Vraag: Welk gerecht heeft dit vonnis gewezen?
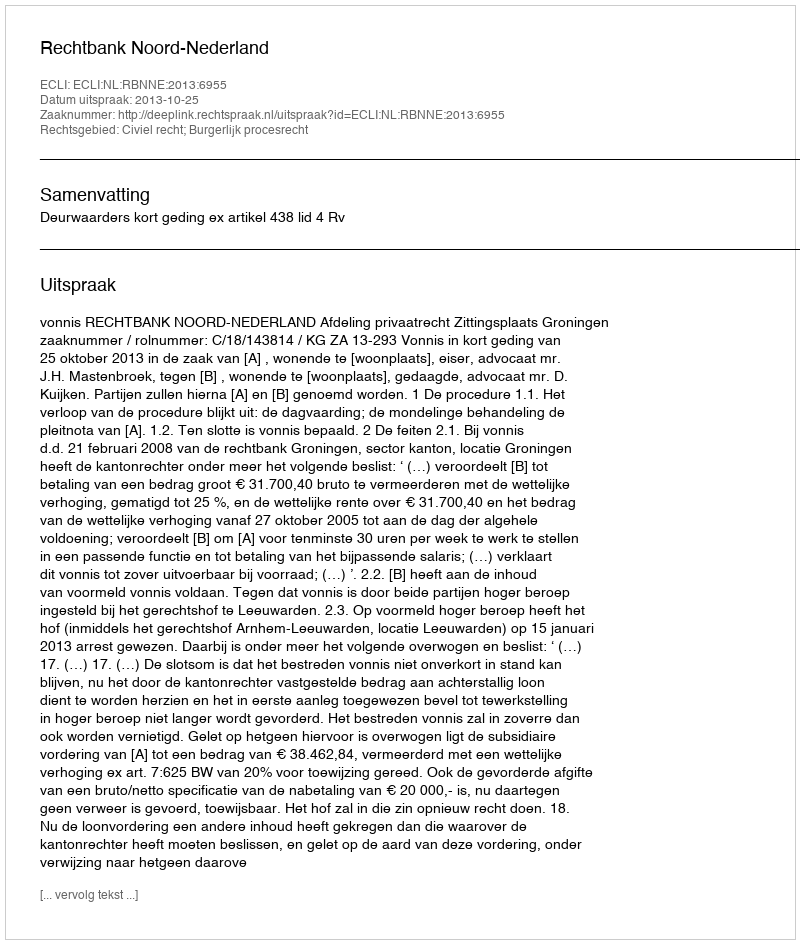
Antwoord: Rechtbank Noord-Nederland